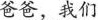
爸爸，我们